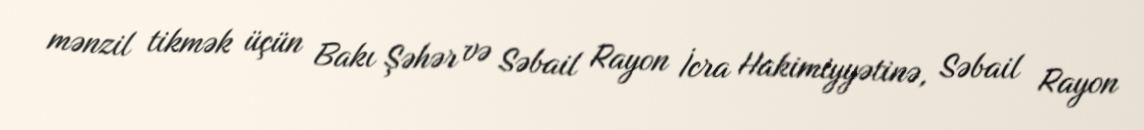
mənzil tikmək üçün Bakı Şəhər və Səbail Rayon İcra Hakimiyyətinə, Səbail Rayon